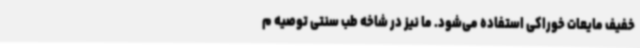
خفیف مایعات خوراکی استفاده می‌شود. ما نیز در شاخه طب سنتی توصیه م